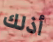
أذلك